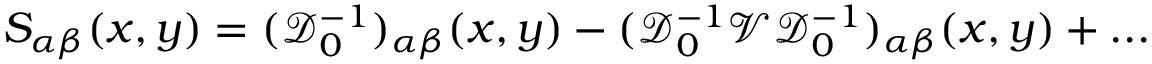
S _ { \alpha \beta } ( x , y ) = ( { \mathcal D } _ { 0 } ^ { - 1 } ) _ { \alpha \beta } ( x , y ) - ( { \mathcal D } _ { 0 } ^ { - 1 } { \mathcal V } { \mathcal D } _ { 0 } ^ { - 1 } ) _ { \alpha \beta } ( x , y ) + . . .